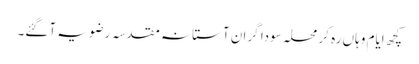
کچھ ایام وہاں رہ کر محلہ سودا گران آستانہ مقدسہ رضویہ آگئے۔